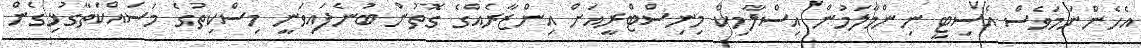
އެހެންނަމަވެސް އެސިޓީ ނިންމާލަމުން އިސްލާމިކް މިނިސްޓްރީއަށް އިންޒާރެއްގެ ގޮތުން ބުނެފައިވަނީ މިސްކިތުގެ މަސައްކަތާގުޅިގެން